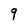
Character: 9